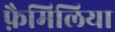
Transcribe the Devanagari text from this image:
फ़ैमिलिया